Report on vaccination in Madras 1895-1903 - 1895-1903
Year: 1895
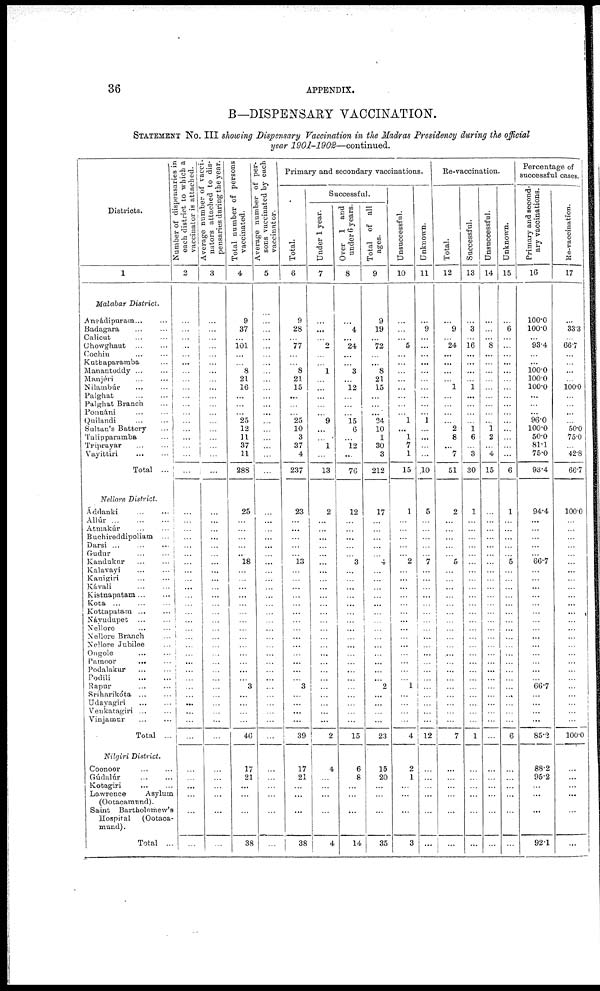
36
APPENDIX.
B—DISPENSARY VACCINATION.
STATEMENT No. III showing Dispensary Vaccination in the Madras Presidency during the official
year 1901-1902—continued.
Districts.
1
Malabar
District.
Angádipuram ... ...
Badagara ... ...
Calicut ... ...
Chowghaut ... ...
Cochin ... ...
Kuthapararaba ...
Manantoddy ... ...
Manjéri ... ...
Nilambúr ... ...
Palghat ... ...
Palghat Branch
Ponnáni ... ...
Quilandi ... ...
Sultan's Battery ...
Talipparamba ... ...
Triprayar ... ...
Vayittiri ... ...
Total ...
Nellore District.
Áddanki
...
...
Allúr
...
...
...
Atmakúr ... ...
Buchireddipoliam ...
Darsi ... ...
Gudur
...
...
Kandukur ... ...
Kalavayi ... ...
Kanigiri
...
...
Kávali ... ...
Kistnapatam ... ...
Kota
...
...
...
Kottapatam ... ...
Náyudupet ... ...
Nellore ... ...
Nellore Branch ...
Nellore Jubilee ...
Ongole
...
...
Pamoor ... ...
Podalakur ... ...
Podili
...
...
Rapur ... ...
Sríhnrikóta
...
...
Udayagiri ... ...
Venkatagiri ... ...
Vinjamur ... ...
Total ...
Nilgiri District.
Coonoor
...
...
Gúdalúr
...
...
Kotagiri
...
...
Lawrence
Asylum
(Ootacamund).
Saint Bartholomew's
Hospital
(Ootaca-
mund).
Total ...
Number of dispensaries in
each district to which a
vaccinator is attached.
2
...
...
...
...
...
...
...
...
...
...
...
...
...
...
...
...
...
...
...
...
...
...
...
...
...
...
...
...
...
...
...
...
...
...
...
...
...
...
...
...
...
...
...
...
...
...
...
...
...
...
...
Average number of vacci-
nators attached to dis-
pensaries during the year.
3
...
...
...
...
...
...
...
...
...
...
...
...
...
...
...
...
...
...
...
...
...
...
...
...
...
...
...
...
...
...
...
...
...
...
...
...
...
...
...
...
...
...
...
...
...
...
...
...
...
...
...
Total number of persons
vaccinated.
4
9
37
...
101
...
...
8
21
16
...
...
...
25
12
11
37
11
288
25
...
...
...
...
...
18
...
...
...
...
...
...
...
...
...
...
...
... ...
...
3
...
...
...
...
46
17
21
...
...
...
38
Average number of per-
sons vaccinated by each
vaccinator.
5
...
...
...
...
...
...
...
...
...
...
...
...
...
...
...
...
...
...
...
...
...
...
...
...
...
...
...
...
...
...
...
...
...
...
...
...
...
...
...
...
...
...
...
...
...
...
...
...
...
...
...
Primary and secondary vaccinations.
Total.
6
9
28
...
77
...
...
8
21
15
...
...
...
25
10
3
37
4
237
23
...
...
...
...
...
13
...
...
...
...
...
...
...
...
...
...
...
...
...
...
3
...
...
...
...
39
17
21
...
...
...
38
Successful.
Under 1 year.
7
...
...
...
2
...
...
1
...
...
...
...
...
9
...
...
1
...
13
2
...
...
...
...
...
...
...
...
...
...
...
...
...
...
...
...
...
...
...
...
...
...
...
...
...
2
4
...
...
...
...
4
Over 1 and
under 6 years.
8
...
4
...
24
...
...
3
...
12
...
...
...
15
6
...
12
...
76
12
...
...
...
...
...
3
...
...
...
...
...
...
...
...
...
...
...
... ...
...
...
...
...
...
...
15
6
8
...
...
...
14
Total of all
ages.
9
9
19
...
72
...
...
8
21
15
...
...
...
24
10
1
30
3
212
17
...
...
...
...
...
4
...
...
...
...
...
...
...
...
...
...
...
...
...
...
2
...
...
...
...
23
15
20
...
...
...
35
Unsuccessful.
10
...
...
...
5
...
...
...
...
...
...
...
...
1
...
1
7
1
15
1
...
...
...
...
...
2
...
...
...
...
...
...
...
...
...
...
...
...
...
...
1
...
...
...
...
4
2
1
...
...
...
3
Unknown.
11
...
9
...
...
...
...
...
...
...
...
...
...
1
...
...
...
...
10
5
...
...
...
...
...
7
...
...
...
...
...
...
...
...
...
...
...
...
...
...
...
...
...
...
...
12
...
...
...
...
...
...
Re-vaccination.
Total.
12
...
9
...
24
...
...
...
...
1
...
...
...
...
2
8
...
7
51
2
...
...
...
...
...
5
...
...
...
...
...
...
...
...
...
...
...
... ...
...
...
...
...
...
...
7
...
...
...
...
...
...
Successful.
13
...
3
...
16
...
...
...
...
1
...
...
...
...
1
6
...
3
30
1
...
...
...
...
...
...
...
...
...
...
...
...
...
...
...
...
...
...
...
...
...
...
...
...
...
1
...
...
...
...
...
...
Unsuccessful.
14
...
...
...
8
...
...
...
...
...
...
...
...
...
1
2
...
4
15
...
...
...
...
...
...
...
...
...
...
...
...
...
...
...
...
...
...
...
...
...
...
...
...
...
...
...
...
...
...
...
...
...
Unknown.
15
...
6
...
...
...
...
...
...
...
...
...
...
...
...
...
...
...
6
1
...
...
...
...
...
5
...
...
...
...
...
...
...
...
...
...
...
...
...
...
...
...
...
...
...
6
...
...
...
...
...
...
Percentage of
successful cases.
Primary and second-
ary vaccinations.
16
100.0
100.0
...
93.4
...
...
100.0
100.0
100.0
...
...
...
96.0
100.0
50.0
81.1
75.0
93.4
94.4
...
...
...
...
...
66.7
...
...
...
...
...
...
...
...
...
...
...
... ...
...
66.7
...
...
...
...
85.3
88.2
95.2
...
...
...
92.1
Re-vaccination.
17
...
33.3
...
66.7
...
...
...
...
100.0
...
...
...
...
50.0
75.0
...
42.8
66.7
100.0
...
...
...
...
...
...
...
...
...
...
...
...
...
...
...
...
...
...
...
...
...
...
...
...
...
100.0
...
...
...
...
...
...